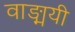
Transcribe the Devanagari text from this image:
वाङ्मयी